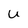
Character: u